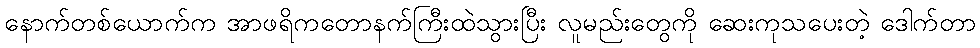
နောက်တစ်ယောက်က အာဖရိကတောနက်ကြီးထဲသွားပြီး လူမည်းတွေကို ဆေးကုသပေးတဲ့ ဒေါက်တာ